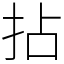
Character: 拈